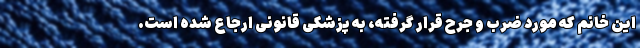
این خانم که مورد ضرب و جرح قرار گرفته، به پزشکی قانونی ارجاع شده است.